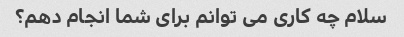
سلام چه کاری می توانم برای شما انجام دهم؟